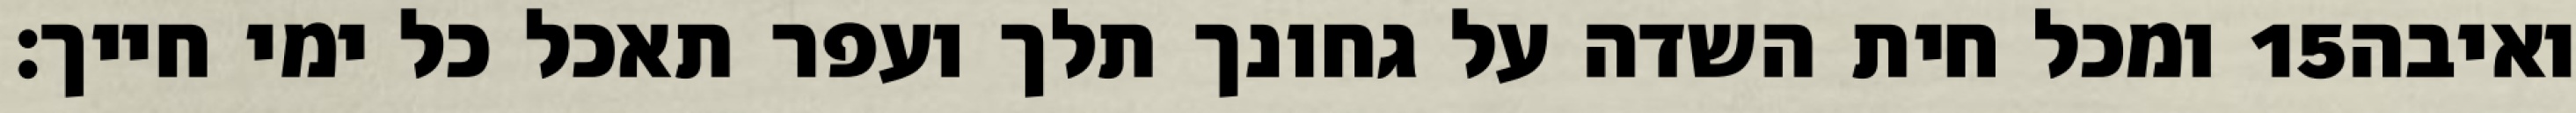
ומכל חית השדה על גחונך תלך ועפר תאכל כל ימי חייך׃ ‎15‏ ואיבה